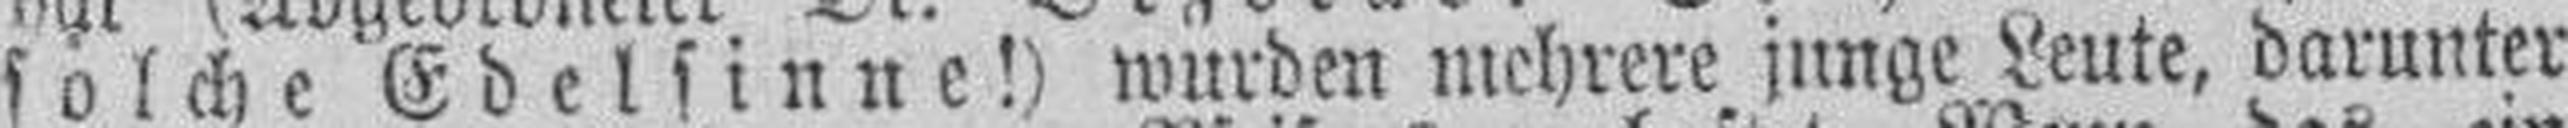
solche Edelsinne!) wurden mehrere junge Leute, darunter